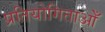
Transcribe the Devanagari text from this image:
प्रतियोगिताओँ